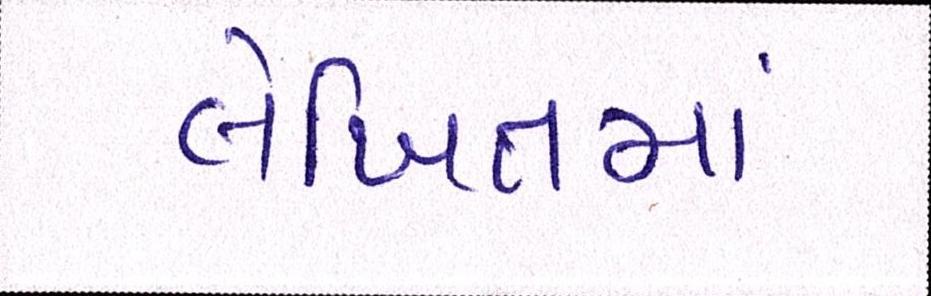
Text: લેખિતમાં